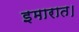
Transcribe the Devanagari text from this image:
इमारात।